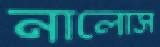
নালোস